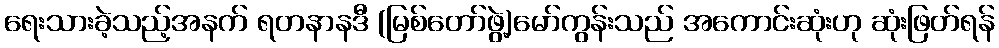
ရေးသားခဲ့သည့်အနက် ရတနာနဒီ (မြစ်တော်ဖွဲ့)မော်ကွန်းသည် အကောင်းဆုံးဟု ဆုံးဖြတ်ရန်